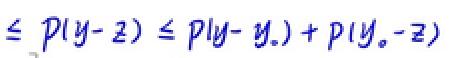
$\leq p(y - z) \leq p(y - y_*) + p(y_* - z)$